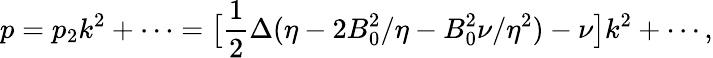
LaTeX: p=p_{2}k^{2}+\cdots=\bigl[\frac{1}{2}\Delta(\eta-2B_{0}^{2}/\eta-B_{0}^{2}\nu/\eta^{2})-\nu\bigr]k^{2}+\cdots,